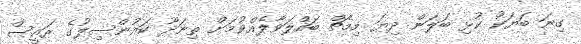
ގިނަ ބަޔަކު ކުޅި ބަލަން ދިޔަ މިމެޗް ބައްލަވާލެއްވުމަށް ތިނަދޫ ކައުންސިލުގެ ރައީސް